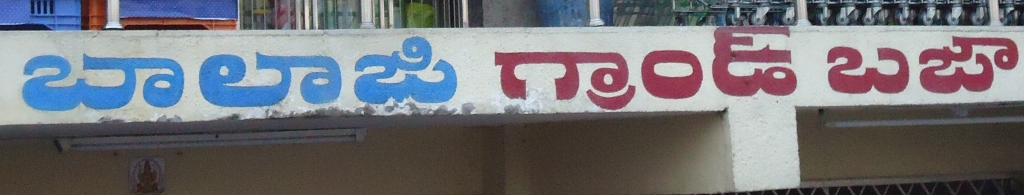
Language: telugu
Transcription: బాలాజి గ్రాండ్ బజా